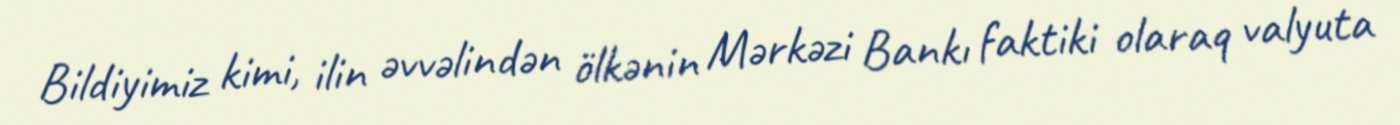
Bildiyimiz kimi, ilin əvvəlindən ölkənin Mərkəzi Bankı faktiki olaraq valyuta